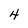
Character: 4